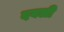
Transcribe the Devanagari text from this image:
दबली